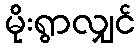
မိုးရွာလျှင်